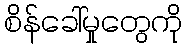
စိန်ခေါ်မှုတွေကို